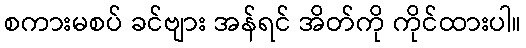
စကားမစပ် ခင်ဗျား အန်ရင် အိတ်ကို ကိုင်ထားပါ။